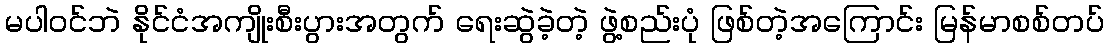
မပါဝင်ဘဲ နိုင်ငံအကျိုးစီးပွားအတွက် ရေးဆွဲခဲ့တဲ့ ဖွဲ့စည်းပုံ ဖြစ်တဲ့အကြောင်း မြန်မာစစ်တပ်